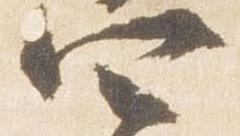
四